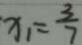
x _ { 1 } = \frac { 3 } { 7 }